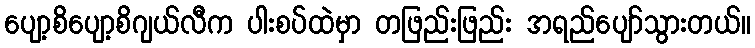
ပျော့စိပျော့စိဂျယ်လီက ပါးစပ်ထဲမှာ တဖြည်းဖြည်း အရည်ပျော်သွားတယ်။